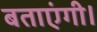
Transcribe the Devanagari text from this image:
बताएंगी।